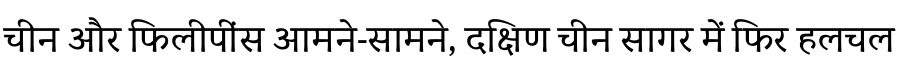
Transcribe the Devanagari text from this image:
चीन और फिलीपींस आमने-सामने, दक्षिण चीन सागर में फिर हलचल